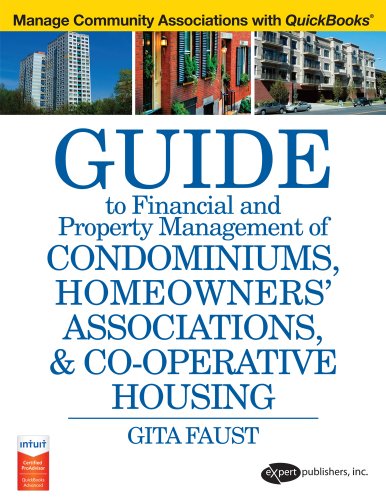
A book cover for A Guide to Financial and Property Management for Condominiums, Homeowners HOA & Co-operative Housing; Gita Faust; Computers & Technology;